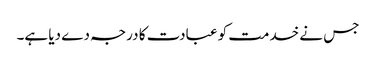
جس نے خدمت کو عبادت کا درجہ دے دیا ہے۔